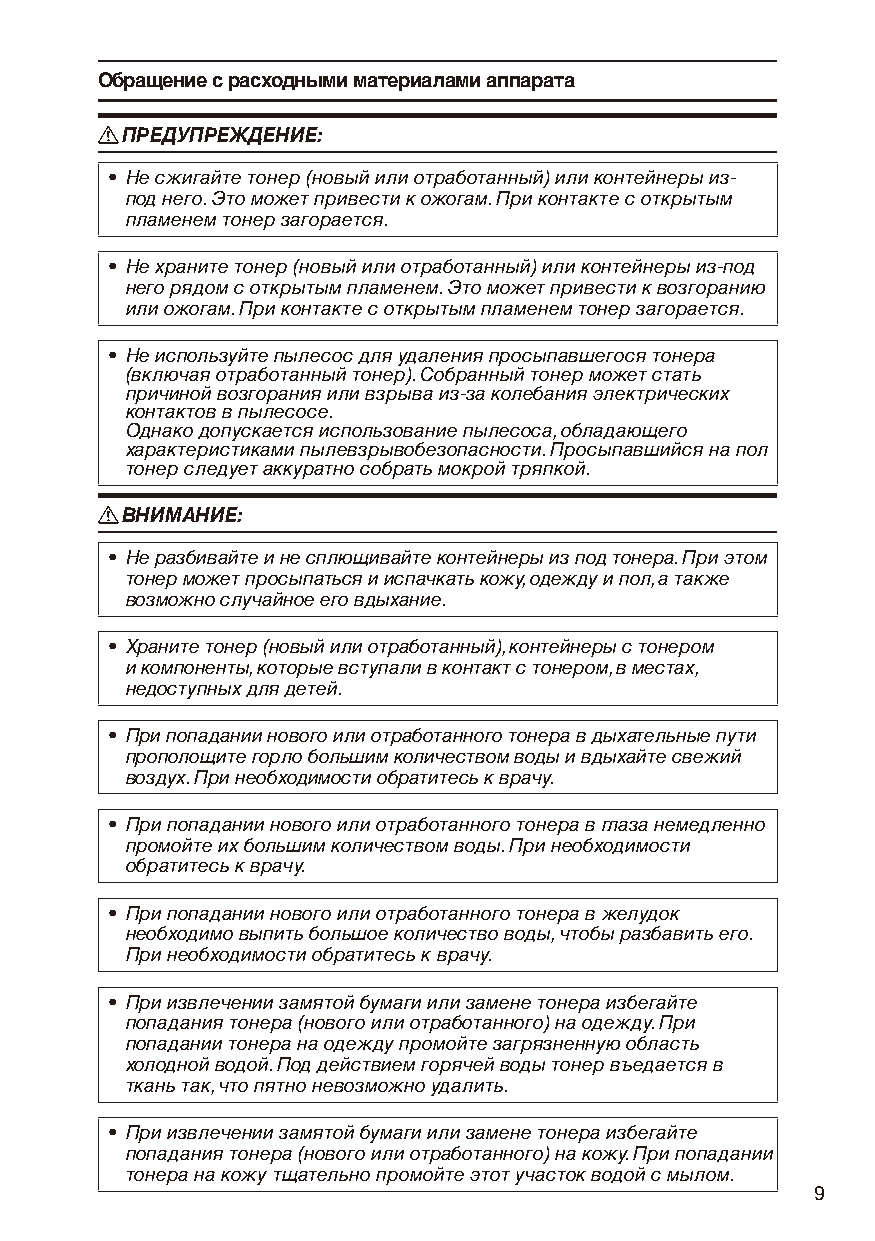
Обращение с расходными материалами аппарата
 RRПРЕДУПРЕЖДЕНИЕ:
 • Не сжигайте тонер (новый или отработанный) или контейнеры из-
 под него. Это может привести к ожогам. При контакте с открытым
 пламенем тонер загорается.
 • Не храните тонер (новый или отработанный) или контейнеры из-под
 него рядом с открытым пламенем. Это может привести к возгоранию
 или ожогам. При контакте с открытым пламенем тонер загорается.
 • Не используйте пылесос для удаления просыпавшегося тонера
 (включая отработанный тонер). Собранный тонер может стать
 причиной возгорания или взрыва из-за колебания электрических
 контактов в пылесосе.
 Однако допускается использование пылесоса, обладающего
 характеристиками пылевзрывобезопасности. Просыпавшийся на пол
 тонер следует аккуратно собрать мокрой тряпкой.
 RRВНИМАНИЕ:
 • Не разбивайте и не сплющивайте контейнеры из под тонера. При этом
 тонер может просыпаться и испачкать кожу, одежду и пол, а также
 возможно случайное его вдыхание.
 • Храните тонер (новый или отработанный), контейнеры с тонером
 и компоненты, которые вступали в контакт с тонером, в местах,
 недоступных для детей.
 • При попадании нового или отработанного тонера в дыхательные пути
 прополощите горло большим количеством воды и вдыхайте свежий
 воздух. При необходимости обратитесь к врачу.
 • При попадании нового или отработанного тонера в глаза немедленно
 промойте их большим количеством воды. При необходимости
 обратитесь к врачу.
 • При попадании нового или отработанного тонера в желудок
 необходимо выпить большое количество воды, чтобы разбавить его.
 При необходимости обратитесь к врачу.
 • При извлечении замятой бумаги или замене тонера избегайте
 попадания тонера (нового или отработанного) на одежду. При
 попадании тонера на одежду промойте загрязненную область
 холодной водой. Под действием горячей воды тонер въедается в
 ткань так, что пятно невозможно удалить.
 • При извлечении замятой бумаги или замене тонера избегайте
 попадания тонера (нового или отработанного) на кожу. При попадании
 тонера на кожу тщательно промойте этот участок водой с мылом.
 9